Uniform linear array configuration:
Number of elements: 32
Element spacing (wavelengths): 0.5
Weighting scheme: uniform
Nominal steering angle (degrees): -30
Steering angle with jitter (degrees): -28.054
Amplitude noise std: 0.05
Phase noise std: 0.05

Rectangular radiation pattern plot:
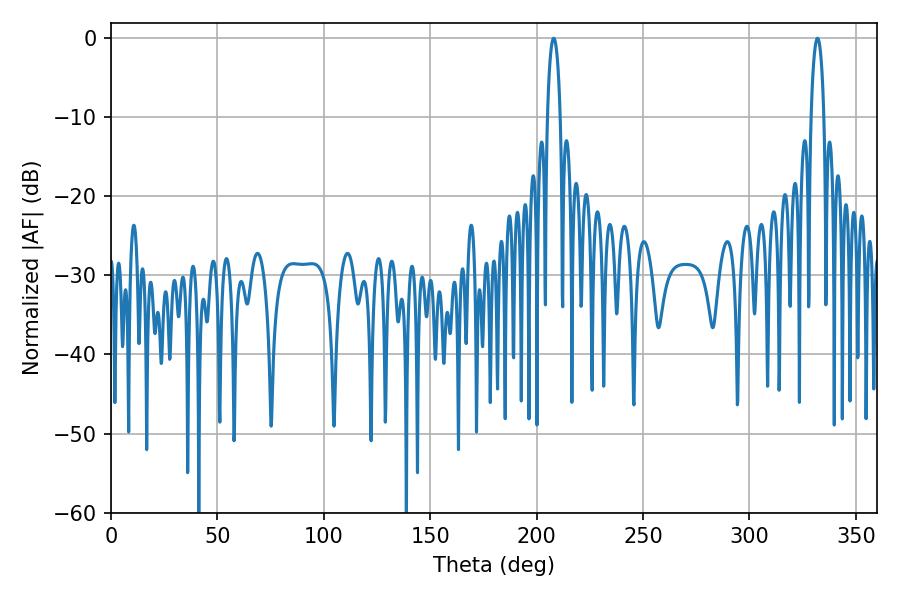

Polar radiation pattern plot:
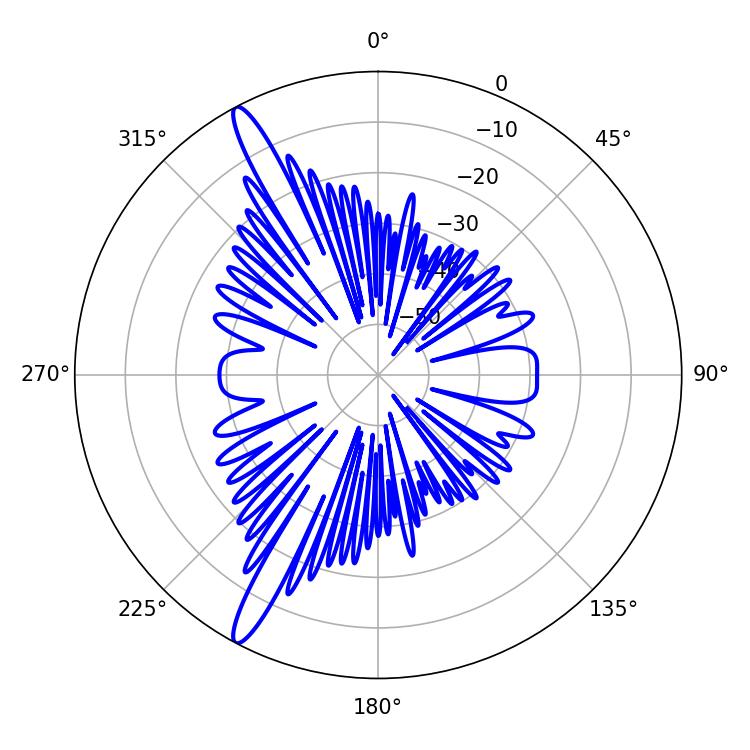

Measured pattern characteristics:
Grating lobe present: FALSE
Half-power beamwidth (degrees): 3.42
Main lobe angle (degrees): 208.08